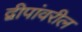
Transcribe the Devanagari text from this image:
द्वीपांवरील